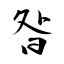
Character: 昝